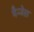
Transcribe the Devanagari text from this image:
मैन्जेस